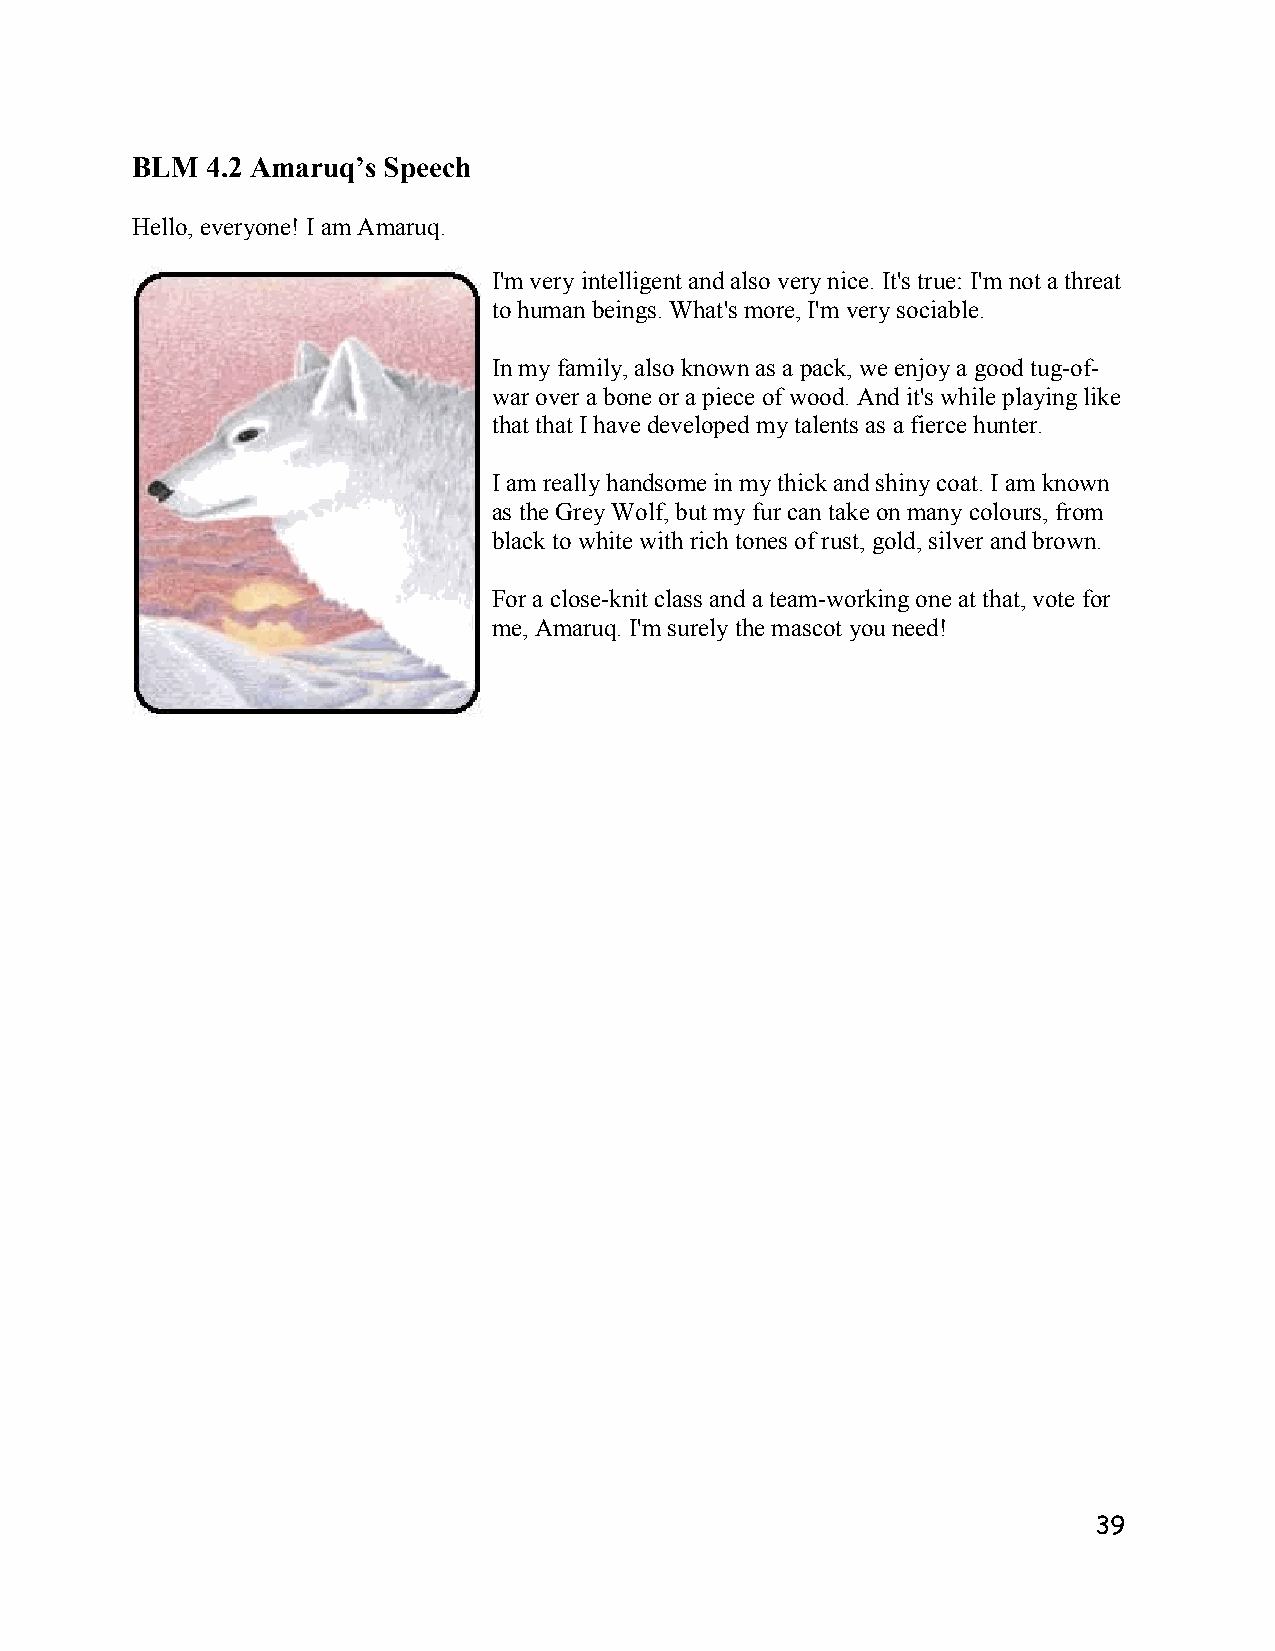
BLM  4.2 Amaruq’s Speech
 Hello, everyone! I am Amaruq.
 I'm very intelligent and also very nice. It's true: I'm not a threat
 to human beings. What's more, I'm very sociable.
 In my family, also known as a pack, we enjoy a good tug-of-
 war over a bone or a piece of wood. And it's while playing like
 that that I have developed my talents as a fierce hunter.
 I am really handsome in my thick and shiny coat. I am known
 as the Grey Wolf, but my fur can take on many colours, from
 black to white with rich tones of rust, gold, silver and brown.
 For a close-knit class and a team-working one at that, vote for
 me, Amaruq. I'm surely the mascot you need!
 39